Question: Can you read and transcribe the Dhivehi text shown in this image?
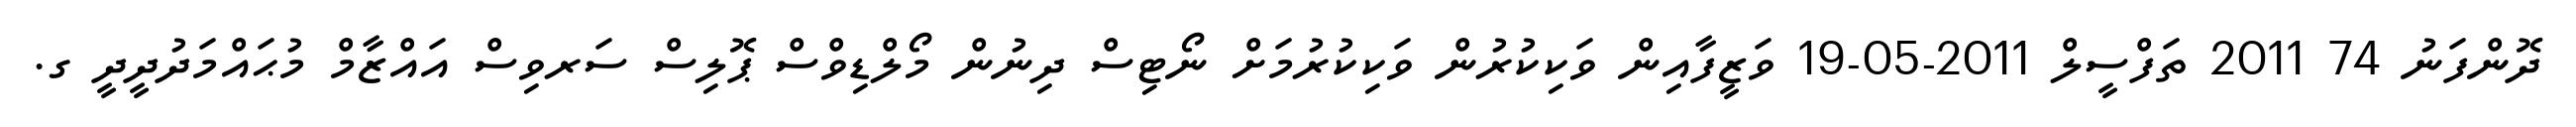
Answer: ދޮންފަނު 74 2011 ތަފްސީލް 2011-05-19 ވަޒީފާއިން ވަކިކުރުން ވަކިކުރުމަށް ނޯޓިސް ދިނުން މޯލްޑިވްސް ޕޮލިސް ސަރވިސް އައްޒާމް މުޙައްމަދުދީދީ ގ.